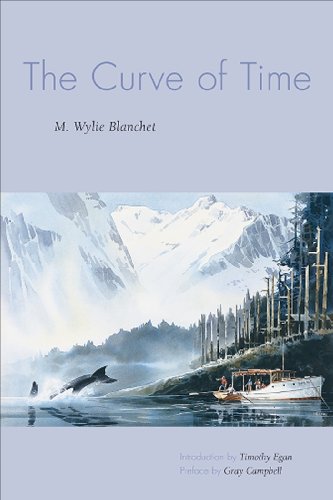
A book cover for The Curve of Time; M. Wylie Blanchet; Biographies & Memoirs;